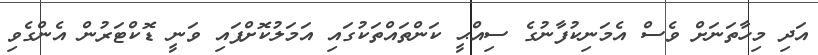
އަދި މިހާތަނަށް ވެސް އެމަނިކުފާނުގެ ސިއްޙީ ކަންތައްތަކުގައި އަމަލުކޮށްފައި ވަނީ ޑޮކްޓަރުން އެންގެވި